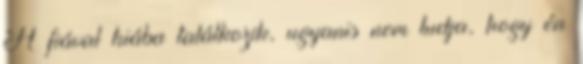
A fiával hiába találkozik, ugyanis nem tudja, hogy én